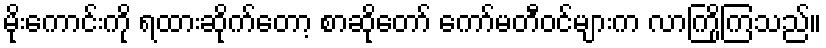
မိုးကောင်းကို ရထားဆိုက်တော့ စာဆိုတော် ကော်မတီဝင်များက လာကြိုကြသည်။